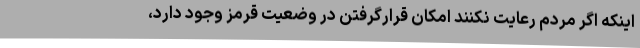
اینکه اگر مردم رعایت نکنند امکان قرارگرفتن در وضعیت قرمز وجود دارد،